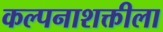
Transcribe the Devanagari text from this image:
कल्पनाशक्तीला